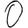
Digit: 0